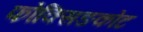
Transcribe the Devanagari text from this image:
फोक्सिङकोट